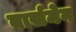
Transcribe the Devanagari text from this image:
बार्समेन